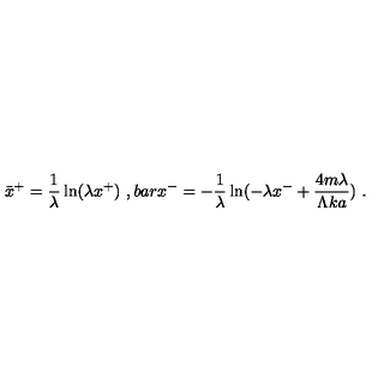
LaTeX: \bar { x } ^ { + } = { \frac { 1 } { \lambda } } \ln ( \lambda x ^ { + } ) \ , b a r x ^ { - } = - { \frac { 1 } { \lambda } } \ln ( - \lambda x ^ { - } + { \frac { 4 m \lambda } { \Lambda k a } } ) \ .